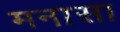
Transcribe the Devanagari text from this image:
मनासा